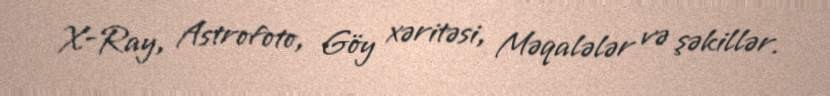
X-Ray, Astrofoto, Göy xəritəsi, Məqalələr və şəkillər.